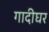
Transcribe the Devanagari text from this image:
गादीघर